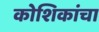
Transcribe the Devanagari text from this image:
कोशिकांचा